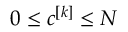
0 \leq c ^ { [ k ] } \leq N